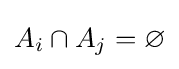
A_{i}\cap A_{j}=\varnothing